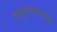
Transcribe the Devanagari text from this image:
वायुवाद्यवादक